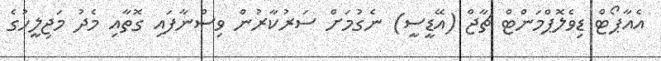
އެއާޕޯޓް ޑިވެލޮޕްމަންޓް ޗާޖް (އޭޑީސީ) ނެގުމަށް ސަރުކާރުން ވިސްނާފައި ގޮތާއި މެދު މަޖިލީހުގެ